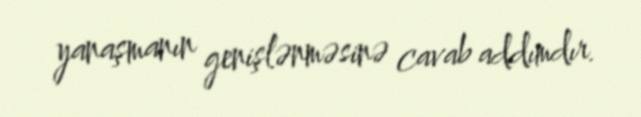
yanaşmanın genişlənməsinə cavab addımdır.